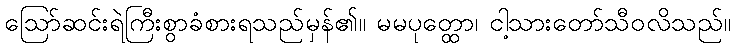
ဩော်ဆင်းရဲကြီးစွာခံစားရသည်မှန်၏။ မမပုတ္ထော၊ ငါ့သားတော်သီဝလိသည်။